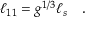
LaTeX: \ell _ { 1 1 } = g ^ { 1 / 3 } \ell _ { s } \quad .